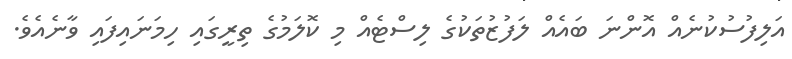
އަލިފުސުކުނެއް އޮންނަ ބައެއް ލަފުޒުތަކުގެ ލިސްޓެއް މި ކޮލަމުގެ ތިރީގައި ހިމަނައިފައި ވާނެއެވެ.